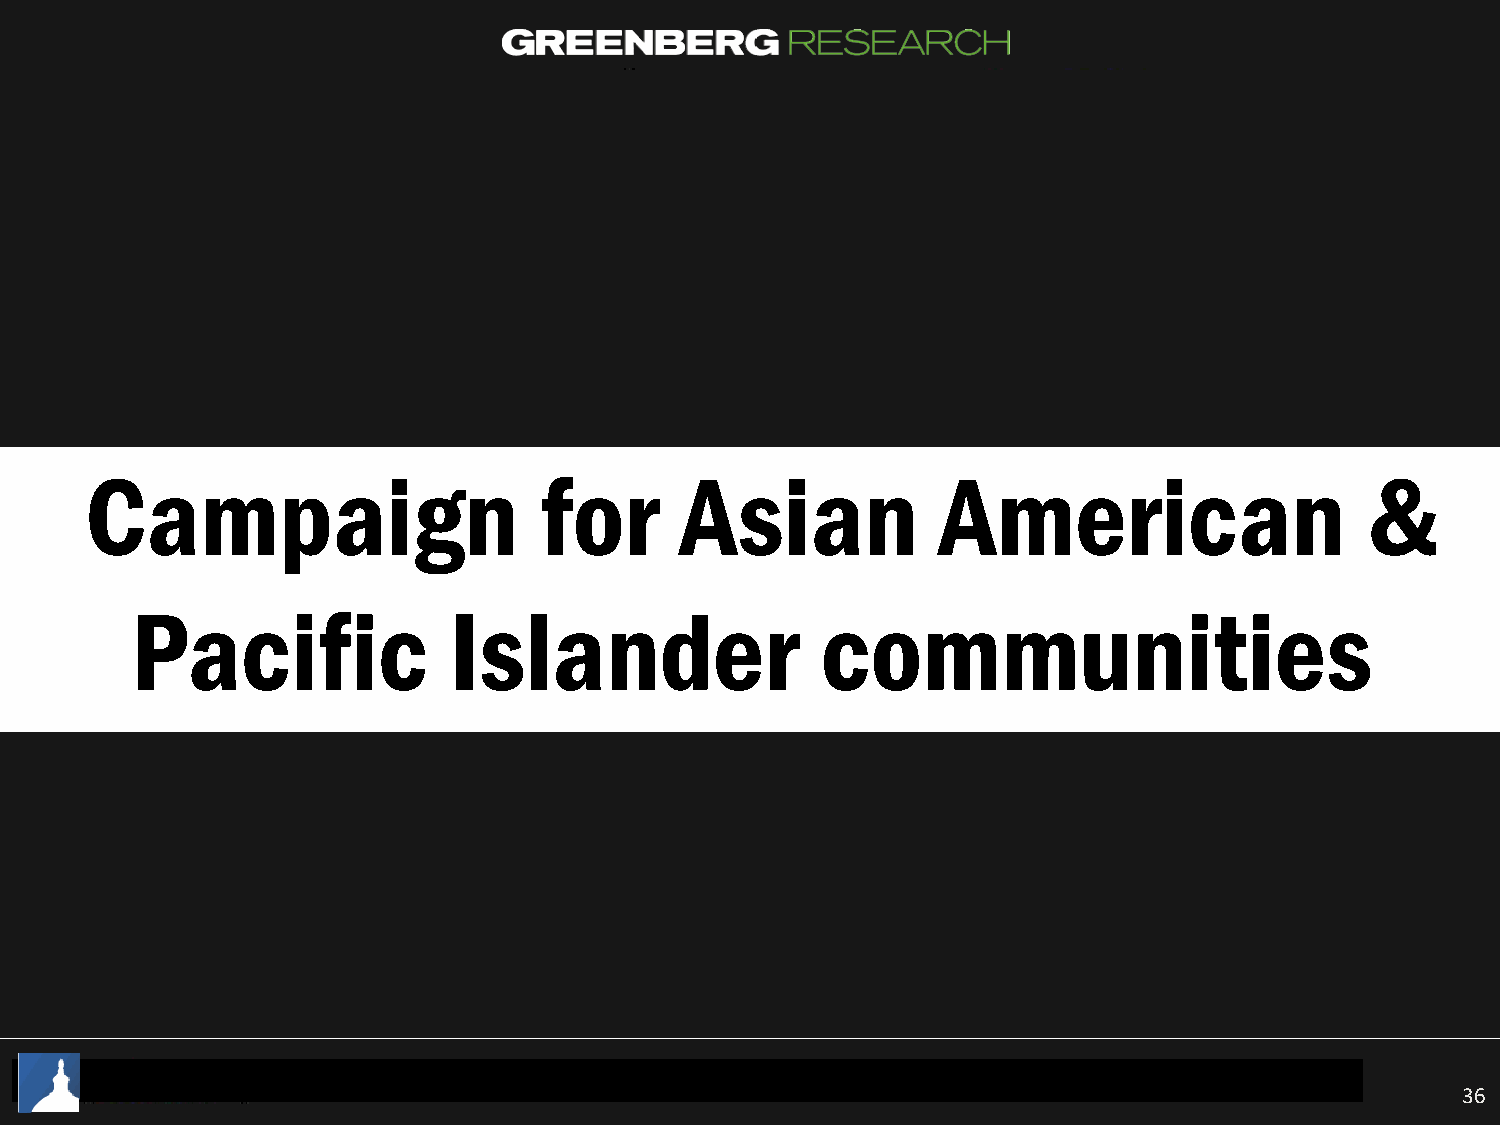
Campaign                      for      Asian            American                    &
 Pacific              Islander                communities
 36